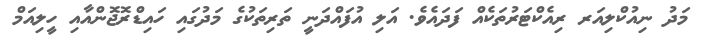
މަދު ނިއުކްލިއަރ ރިއެކްޓަރުތަކެއް ފަދައެވެ. އަލި އުފައްދަނީ ތަރިތަކުގެ މަދުގައި ހައިޑްރޮޖޮންއާއި ހީލިއަމް